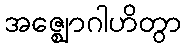
အဇ္ဈောဂါဟိတွာ